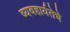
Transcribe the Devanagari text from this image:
व्यवहार्यतेचे